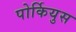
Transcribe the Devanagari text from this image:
पोर्कियुस